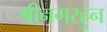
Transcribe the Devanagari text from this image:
श्रीनगरहुन